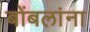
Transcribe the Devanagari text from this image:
बोंबलांना